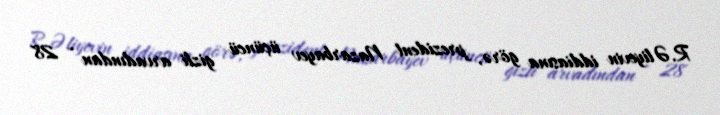
R.Əliyevin iddiasına görə, prezident Nazarbayev üçüncü gizli arvadından - 28